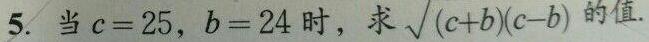
5. 当$c = 25$, $b = 24$时，求$\sqrt{(c + b)(c - b)}$的值.